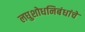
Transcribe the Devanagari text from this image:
लघुशोधनिबंधांचे